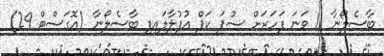
ބާސެލޯނާ 11 ވަނަ ފަހަރަށް ސުޕަ ކަޕް އުފުލާލައިފި ބާސެލޯނާ (އޮގަސްޓް 29)